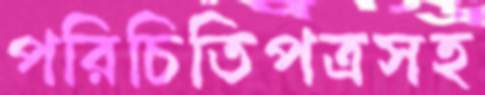
পরিচিতিপত্রসহ